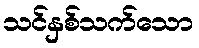
သင်နှစ်သက်သော